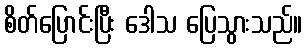
စိတ်ပြောင်းပြီး ဒေါသ ပြေသွားသည်။